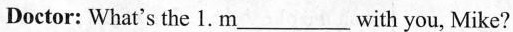
Doctor: What's the 1. m___with you, Mike?